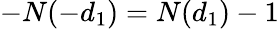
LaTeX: -N(-d_{1})=N(d_{1})-1